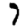
Digit: 7